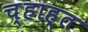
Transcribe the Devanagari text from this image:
च्हाह्त